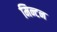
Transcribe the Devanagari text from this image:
मिन्टन